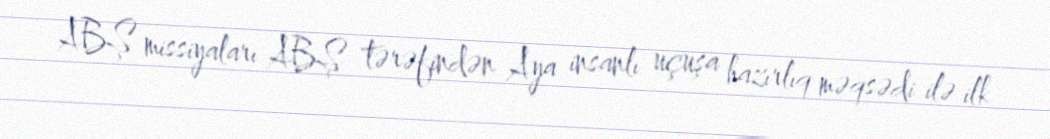
ABŞ missiyaları ABŞ tərəfindən Aya insanlı uçuşa hazırlıq məqsədi ilə ilk